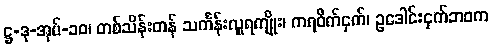
ဋ္ဌ-ဒု-အုပ်-၁၀၊ တစ်သိန်းတန် သင်္ကန်းလှူရကျိုး၊ ကရဝိက်ငှက်၊ ဥဒေါင်းငှက်ဘဝက